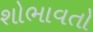
શોભાવતો